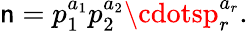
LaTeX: \mathsf{n}=p_{1}^{a_{1}}p_{2}^{a_{2}}\cdotsp_{r}^{a_{r}}.